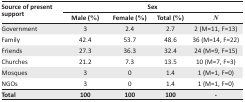
<table><thead><tr><td rowspan="2"><b>Source of present support</b></td><td colspan="4"><b>Sex</b></td></tr><tr><td><b>Male (%)</b></td><td><b>Female (%)</b></td><td><b>Total (%)</b></td><td><b><i>N</i></b></td></tr></thead><tbody><tr><td>Government</td><td>3</td><td>2.4</td><td>2.7</td><td>2 (M=11, F=13)</td></tr><tr><td>Family</td><td>42.4</td><td>53.7</td><td>48.6</td><td>36 (M=14, F=22)</td></tr><tr><td>Friends</td><td>27.3</td><td>36.3</td><td>32.4</td><td>24 (M=9, F=15)</td></tr><tr><td>Churches</td><td>21.2</td><td>7.3</td><td>13.5</td><td>10 (M=7, F=3)</td></tr><tr><td>Mosques</td><td>3</td><td>0</td><td>1.4</td><td>1 (M=1, F=0)</td></tr><tr><td>NGOs</td><td>3</td><td>0</td><td>1.4</td><td>1 (M=1, F=0)</td></tr><tr><td><b>Total</b></td><td><b>100</b></td><td><b>100</b></td><td><b>100</b></td><td><b>-</b></td></tr></tbody></table>